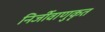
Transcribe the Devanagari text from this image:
निर्जीवाणुकृत